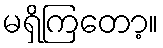
မရှိကြတော့။